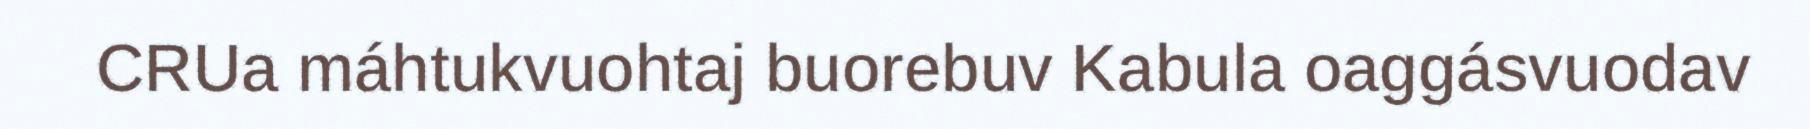
CRUa máhtukvuohtaj buorebuv Kabula oaggásvuodav